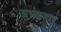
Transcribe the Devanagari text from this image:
अभंगावर